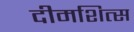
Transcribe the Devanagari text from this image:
दीमशित्स